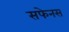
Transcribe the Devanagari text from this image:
सफेनस